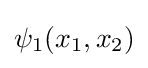
\psi _{1}(x_{1},x_{2})